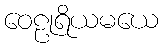
ဝေဠုရိယမယေ